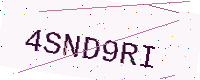
Text: 4SND9RI